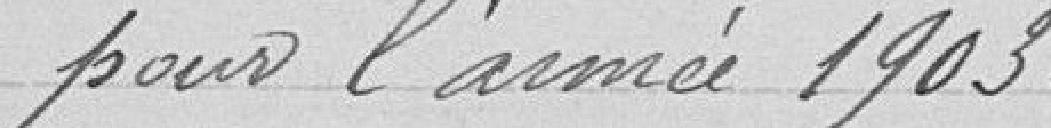
pour l'année 1903